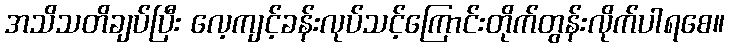
အသိသတိချပ်ပြီး လေ့ကျင့်ခန်းလုပ်သင့်ကြောင်းတိုက်တွန်းလိုက်ပါရစေ။